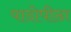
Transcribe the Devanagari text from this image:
पादोपीठा